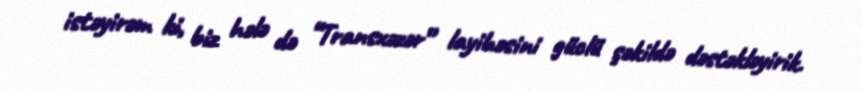
istəyirəm ki, biz hələ də “Transxəzər” layihəsini güclü şəkildə dəstəkləyirik.